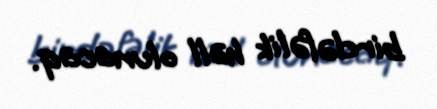
birdəfəlik həll olunacaq.